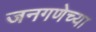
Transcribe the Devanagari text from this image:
जनगणेच्या